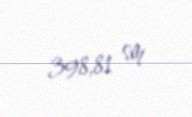
398,81 sm